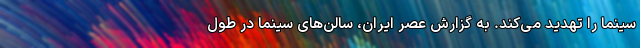
سینما را تهدید می‌کند. به گزارش عصر ایران، سالن‌های سینما در طول